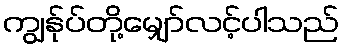
ကျွန်ုပ်တို့မျှော်လင့်ပါသည်